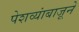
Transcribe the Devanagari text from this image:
पेशव्यांबाजूने